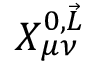
X _ { \mu \nu } ^ { 0 , \vec { L } }